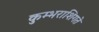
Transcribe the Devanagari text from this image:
कुम्भराशिगते